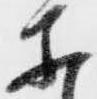
等